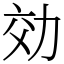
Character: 効